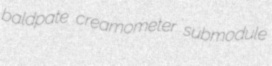
baldpate creamometer submodule